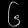
Digit: ၆